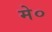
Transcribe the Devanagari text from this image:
मे०